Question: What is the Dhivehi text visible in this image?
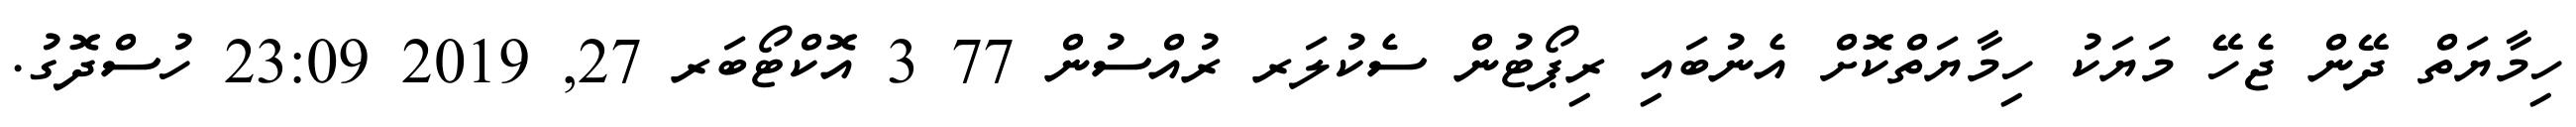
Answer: ހިމާޔަތް ދޭން ޖެހޭ މަޔަކު ހިމާޔަތްކޮށް އެނުބައި ރިޕޯޓުން ސެކުލަރ ރުއްސުން 77 3 އޮކްޓޯބަރ 27, 2019 23:09 ހުސްދޮގު.